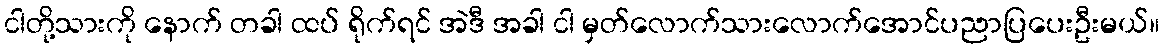
ငါတို့သားကို နောက် တခါ ထပ် ရိုက်ရင် အဲဒီ အခါ ငါ မှတ်လောက်သားလောက်အောင်ပညာပြပေးဦးမယ်။